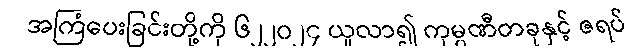
အကြံပေးခြင်းတို့ကို ၆၂၂၀၂၄ ယူလာ၍ ကုမ္ပဏီတခုနှင့် ဇရပ်